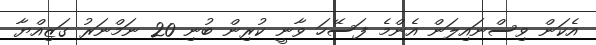
އެކަން ވިސްނައިލަން އެންމެ ފަސޭހަ ވާނީ ކުރިން ބުނި 20 ނަމްނަރު ގަޒިއްޔާ